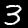
Label: 3